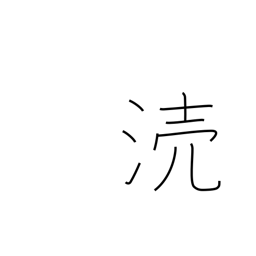
Meaning: defile